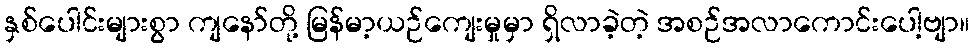
နှစ်ပေါင်းများစွာ ကျနော်တို့ မြန်မာ့ယဉ်ကျေးမှုမှာ ရှိလာခဲ့တဲ့ အစဉ်အလာကောင်းပေါ့ဗျာ။